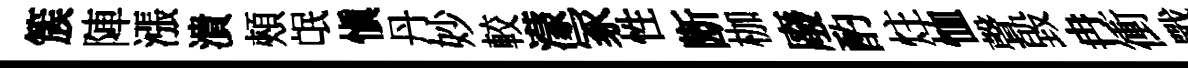
簇陣漲潰頰氓慎丹妙較濛冢性㫁枷廢酌炷恤聲毀冉衝戰